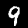
Digit: 9